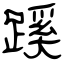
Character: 蹊